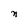
Character: n